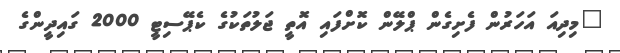
"މިދިއަ އަހަރުން ފެށިގެން ޕްލޭން ކޮށްފައި އޮތީ ޖަލުތަކުގެ ކެޕޭސިޓީ 2000 ގައިދީންގެ